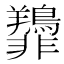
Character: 𫕿